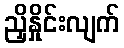
ညှိနှိုင်းလျက်